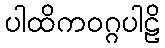
ပါထိကဝဂ္ဂပါဠိ